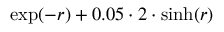
\exp ( - r ) + 0 . 0 5 \cdot 2 \cdot \sinh ( r )